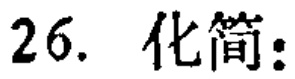
26. 化简：